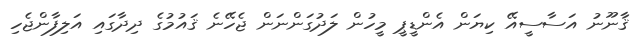
ޤާނޫނު އަސާސީއޭ ކިޔަން އެންޑީޕީ މީހުން ލަދުގަންނަން ޖެހޭނެ ޤައުމުގެ ދިދާގައި އަލިފާންޖެހި